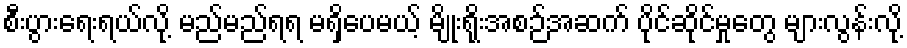
စီးပွားရေးရယ်လို့ မည်မည်ရရ မရှိပေမယ့် မျိုးရိုးအစဉ်အဆက် ပိုင်ဆိုင်မှုတွေ များလွန်းလို့